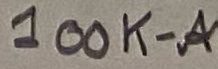
Text: 100K-A